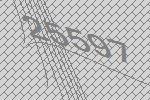
25597